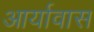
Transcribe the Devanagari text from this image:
आर्यावास